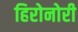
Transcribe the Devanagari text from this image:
हिरोनोरी